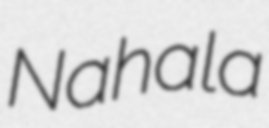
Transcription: Nahala